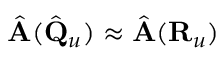
\hat { \bf A } ( \hat { \bf Q } _ { u } ) \approx \hat { \bf A } ( { \bf R } _ { u } )